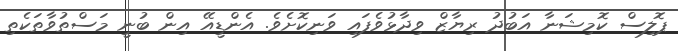
ޕޮލިސް ކޮމިޝަނާ އަބުދު ރިޔާޒް ވިދާޅުވެފައި ވަނިކޮށެވެ. އެންޑީއޭ އިން ބުނީ މަސްތުވާތަކެތި